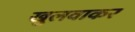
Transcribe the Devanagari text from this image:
खुलवाकर